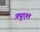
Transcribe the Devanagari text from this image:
फ़्युएल